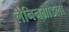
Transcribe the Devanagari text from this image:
लेनिनग्राडला